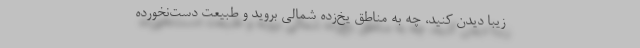
زیبا دیدن کنید، چه به مناطق یخ‌زده شمالی بروید و طبیعت دست‌نخورده